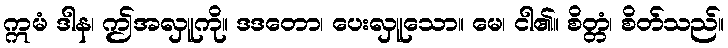
ဣမံ ဒါန၊ ဤအလှူကို။ ဒဒတော၊ ပေးလှူသော။ မေ၊ ငါ၏။ စိတ္တံ၊ စိတ်သည်။